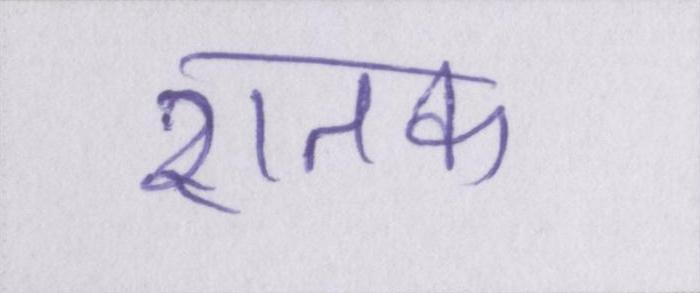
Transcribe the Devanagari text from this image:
शतक